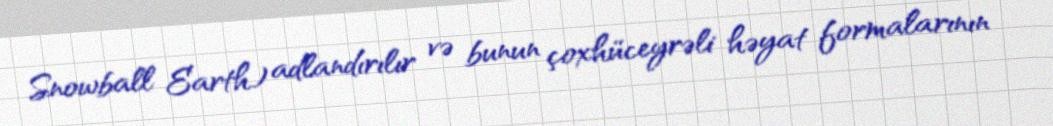
Snowball Earth) adlandırılır və bunun çoxhüceyrəli həyat formalarının